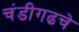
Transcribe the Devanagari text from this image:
चंडीगढचे